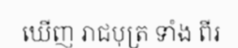
ឃើញ រាជបុត្រ ទាំង ពីរ